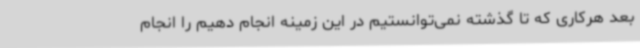
بعد هرکاری که تا گذشته نمی‌توانستیم در این زمینه انجام دهیم را انجام